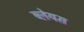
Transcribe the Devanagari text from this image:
ब्लेयस